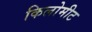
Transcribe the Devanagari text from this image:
किलोमीट